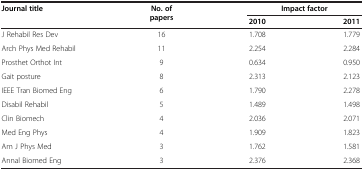
| Journal title | No. of papers | <COLSPAN=2> Impact factor |
 |  |  | 2010 | 2011 |
 | --- | --- | --- | --- |
 | J Rehabil Res Dev | 16 | 1.708 | 1.779 |
 | Arch Phys Med Rehabil | 11 | 2.254 | 2.284 |
 | Prosthet Orthot Int | 9 | 0.634 | 0.950 |
 | Gait posture | 8 | 2.313 | 2.123 |
 | IEEE Tran Biomed Eng | 6 | 1.790 | 2.278 |
 | Disabil Rehabil | 5 | 1.489 | 1.498 |
 | Clin Biomech | 4 | 2.036 | 2.071 |
 | Med Eng Phys | 4 | 1.909 | 1.823 |
 | Am J Phys Med | 3 | 1.762 | 1.581 |
 | Annal Biomed Eng | 3 | 2.376 | 2.368 |